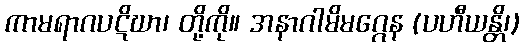
ကာမရာဂပဋိဃာ၊ တို့ကို။ အနာဂါမိမဂ္ဂေန (ပဟီယန္တိ၊)